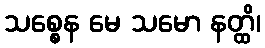
သစ္စေန မေ သမော နတ္ထိ၊